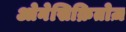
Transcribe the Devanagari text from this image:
ओनेसिक्रितोज़